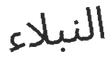
النبلاء